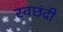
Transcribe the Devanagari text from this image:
स्वछंदी